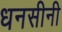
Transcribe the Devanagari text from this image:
धनसीनी